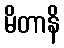
မိတာနိ